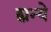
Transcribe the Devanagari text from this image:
ह्यन्ये